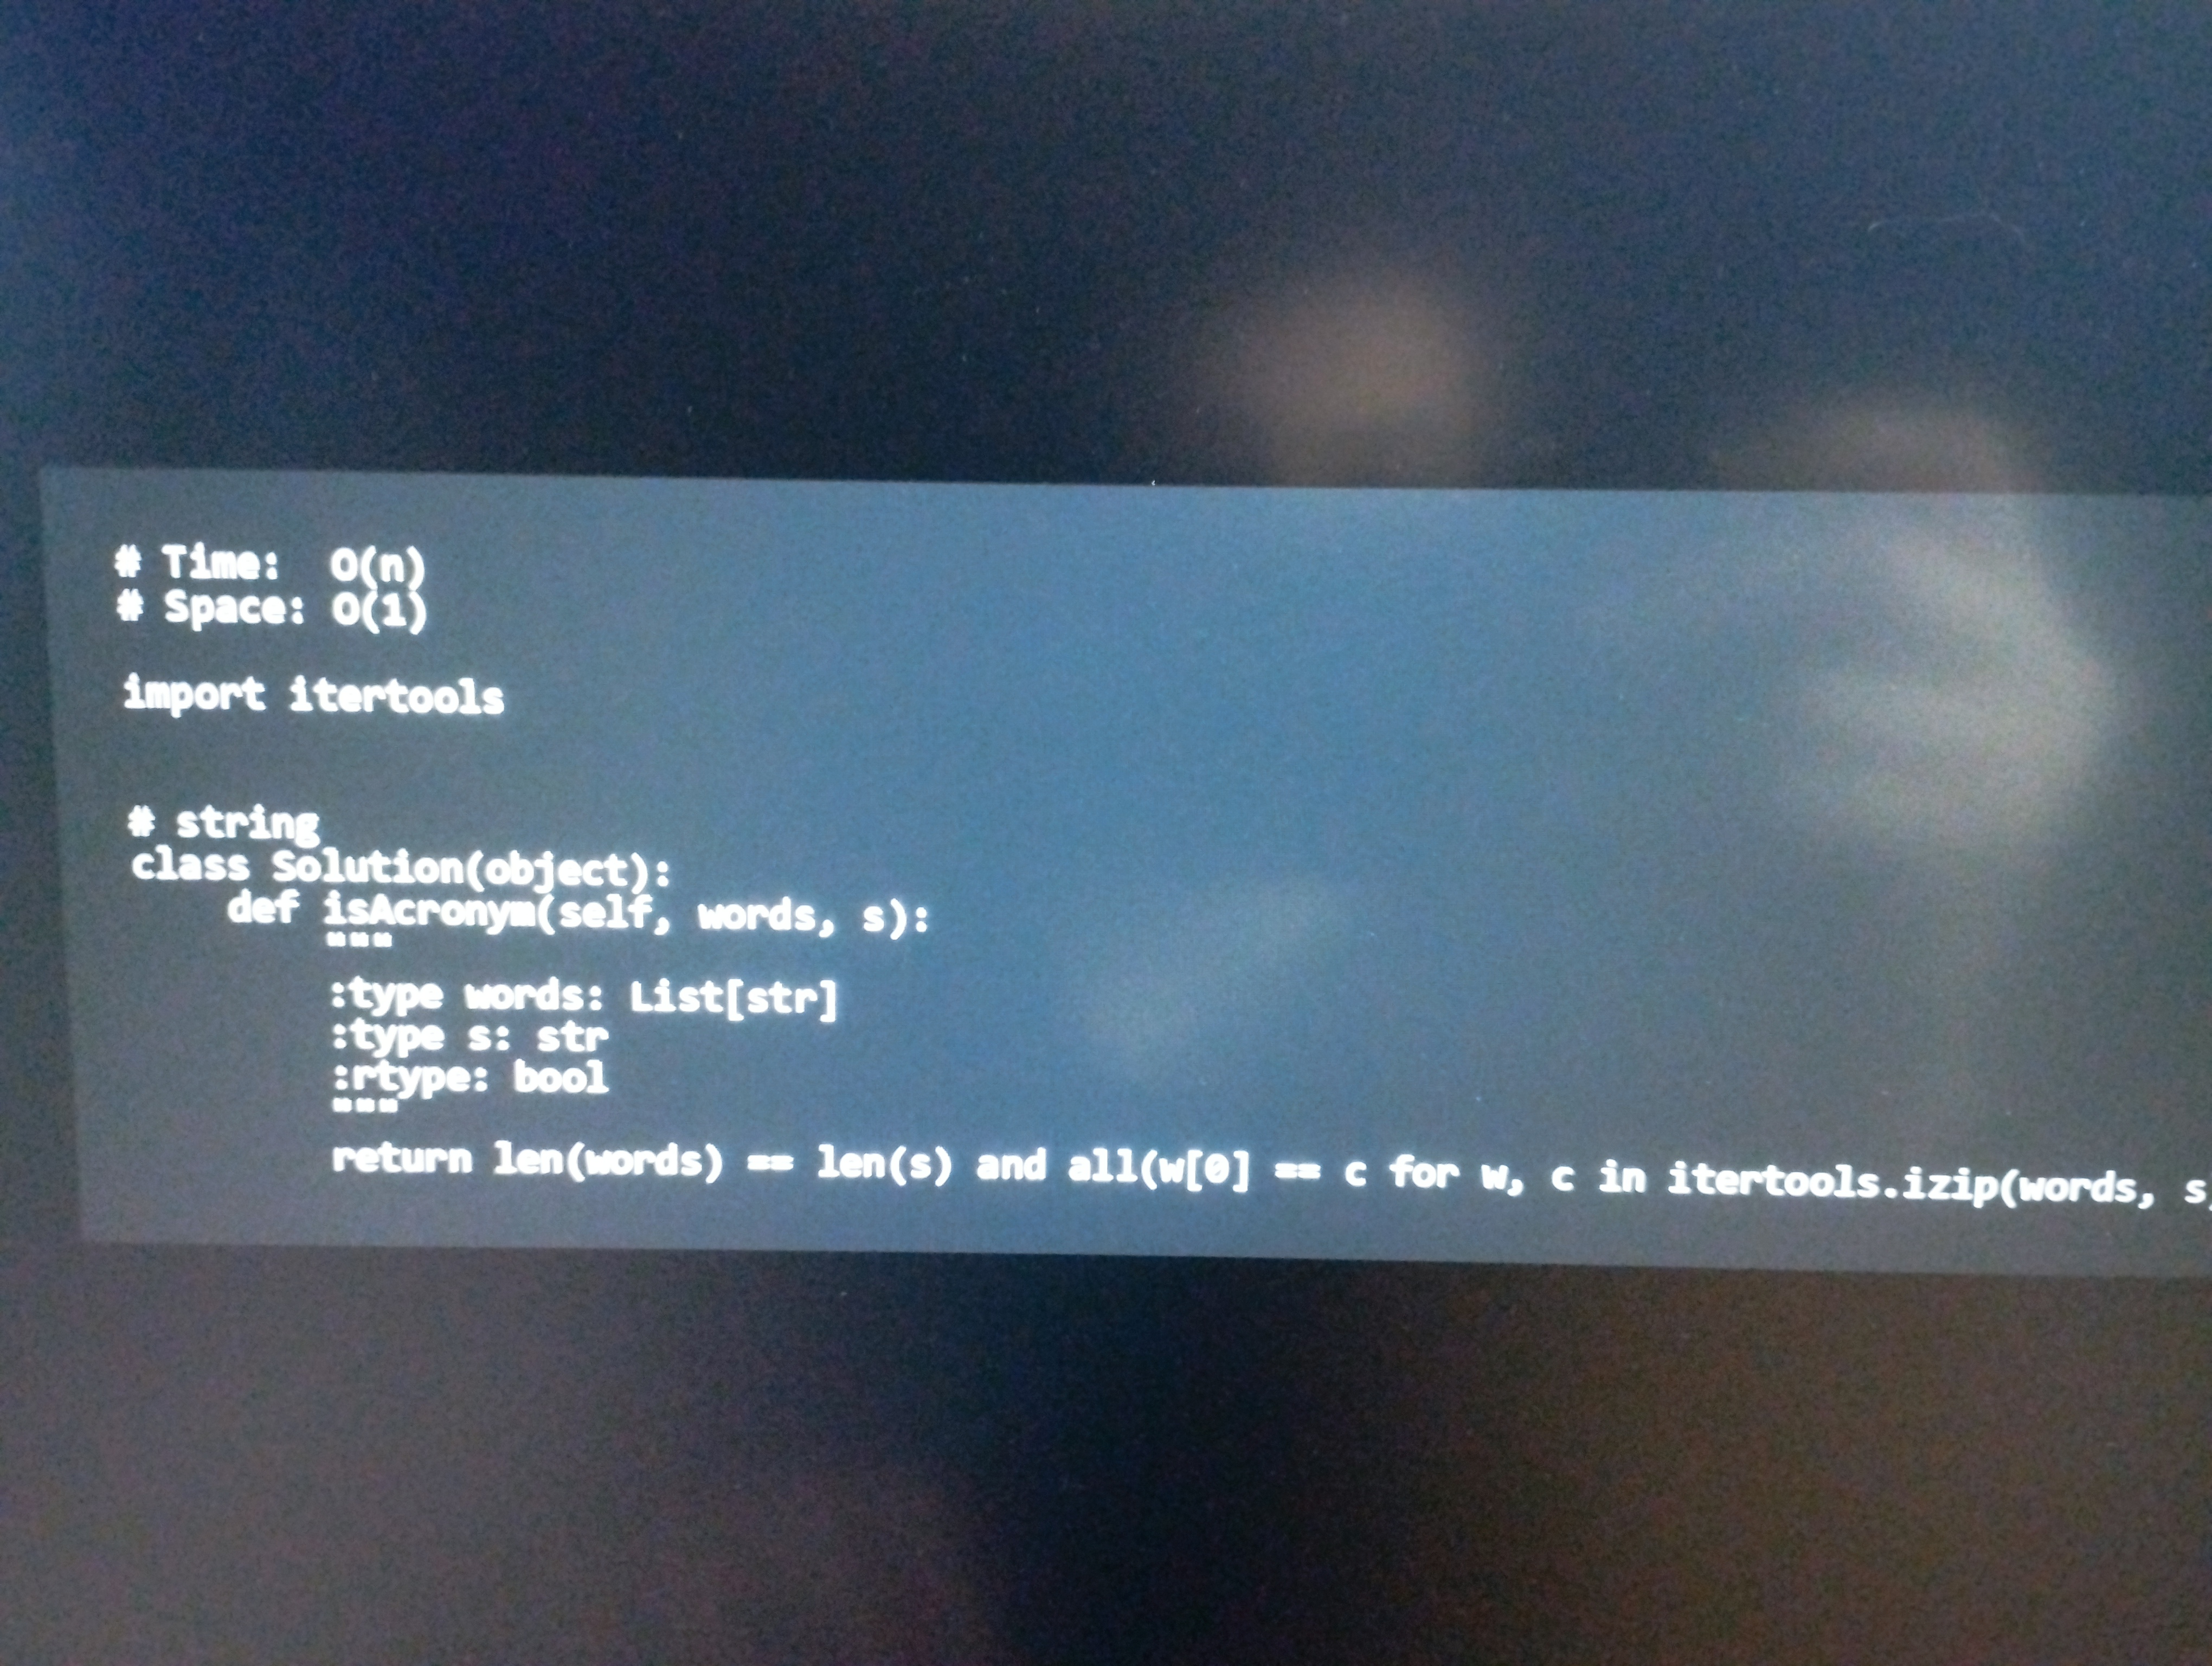
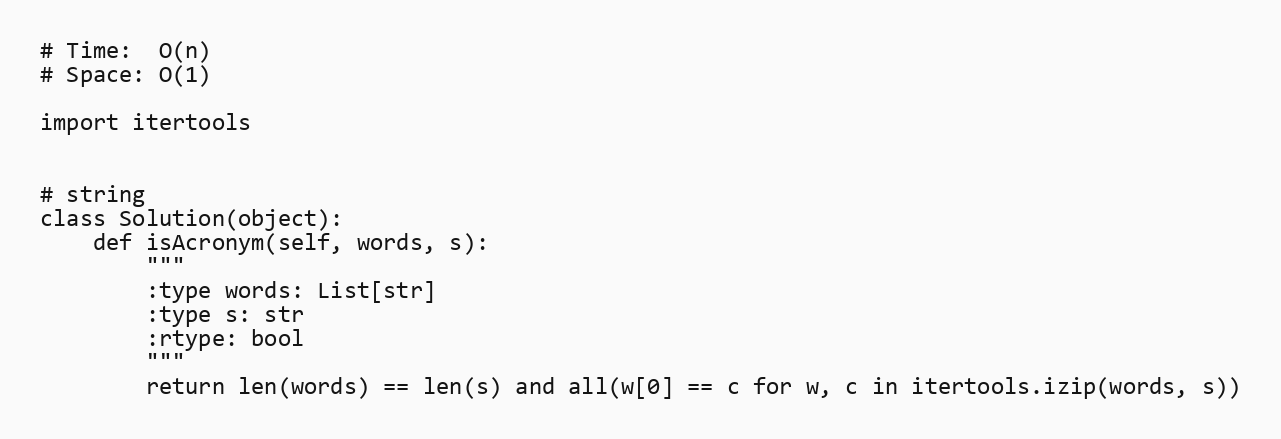
# Time:  O(n)
# Space: O(1)

import itertools

# string
class Solution(object):
    def isAcronym(self, words, s):
        """
        :type words: List[str]
        :type s: str
        :rtype: bool
        """
        return len(words) == len(s) and all(w[0] == c for w, c in itertools.izip(words, s))